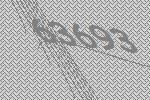
63693